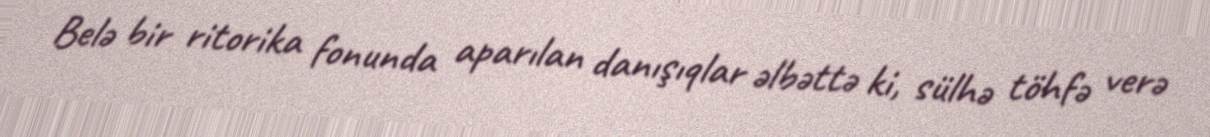
Belə bir ritorika fonunda aparılan danışıqlar əlbəttə ki, sülhə töhfə verə